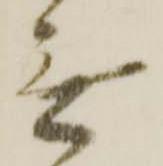
無